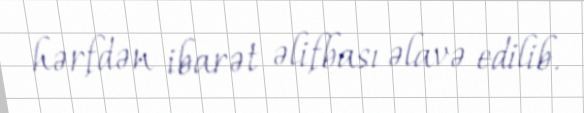
hərfdən ibarət əlifbası əlavə edilib.